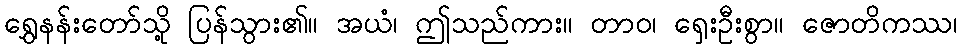
ရွှေနန်းတော်သို့ ပြန်သွား၏။ အယံ၊ ဤသည်ကား။ တာဝ၊ ရှေးဦးစွာ။ ဇောတိကဿ၊